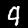
Label: 9